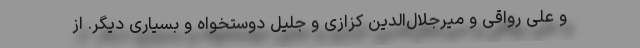
و علی رواقی و میرجلال‌الدین کزازی و جلیل دوستخواه و بسیاری دیگر. از